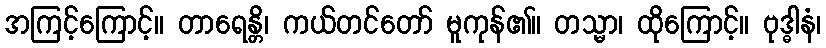
အကြင့်ကြောင့်။ တာရေန္တိ၊ ကယ်တင်တော် မူကုန်၏။ တသ္မာ၊ ထိုကြောင့်။ ဗုဒ္ဓါနံ၊